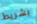
بشريط